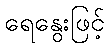
ရေနွေးဖြင့်